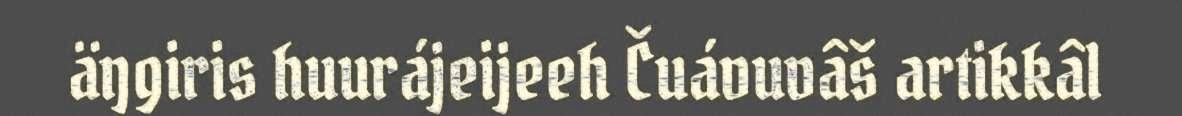
äŋgiris huurájeijeeh Čuávuvâš artikkâl